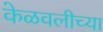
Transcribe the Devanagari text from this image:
केळवलीच्या